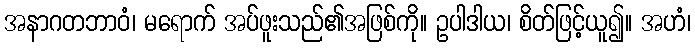
အနာဂတဘာဝံ၊ မရောက် အပ်ဖူးသည်၏အဖြစ်ကို။ ဥပါဒါယ၊ စိတ်ဖြင့်ယူ၍။ အဟံ၊